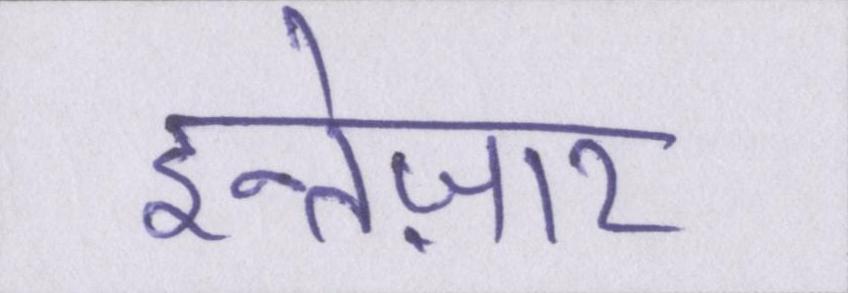
इन्तेज़ार